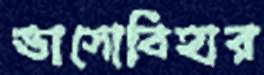
ভাসোবিহার